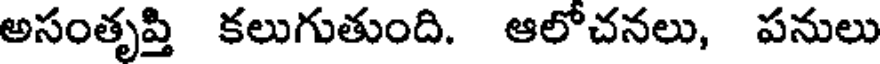
అసంతృప్తి కలుగుతుంది. ఆలోచనలు, పనులు